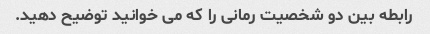
رابطه بین دو شخصیت رمانی را که می خوانید توضیح دهید.